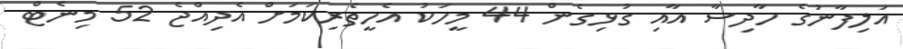
އަލިފާނުގެ ހާދިސާ އާއި ގުޅިގެން 44 މީހަކު އެހީތެރިކަމަށް އެދިއްޖެ 52 މިނެޓް